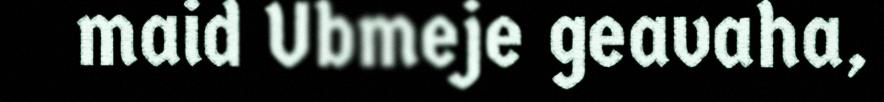
maid Ubmeje geavaha,